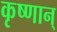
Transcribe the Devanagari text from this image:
कृष्णान्‌